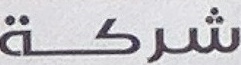
شركة